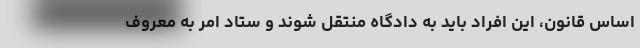
اساس قانون، این افراد باید به دادگاه منتقل شوند و ستاد امر به معروف